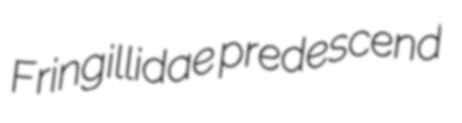
Fringillidae predescend